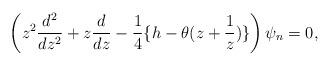
LaTeX: \begin{align*}\left(z^2 {d^2\over dz^2} + z{d\over dz}-{1\over 4}\{ h -\theta (z+{1\over z})\}\right)\psi_{n}=0,\end{align*}